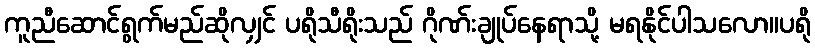
ကူညီဆောင်ရွက်မည်ဆိုလျှင် ပရိုသီရိုးသည် ဂိုဏ်းချုပ်နေရာသို့ မရနိုင်ပါသလော။ပရို